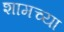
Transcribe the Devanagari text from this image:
शामच्या